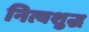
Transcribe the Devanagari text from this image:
नित्यशुद्ध